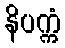
နိပက္ကံ